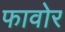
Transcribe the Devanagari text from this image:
फावोर